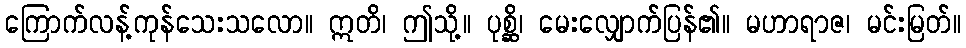
ကြောက်လန့်ကုန်သေးသလော။ ဣတိ၊ ဤသို့။ ပုစ္ဆိ၊ မေးလျှောက်ပြန်၏။ မဟာရာဇ၊ မင်းမြတ်။